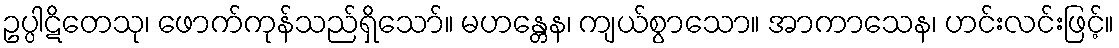
ဥပ္ပါဋိတေသု၊ ဖောက်ကုန်သည်ရှိသော်။ မဟန္တေန၊ ကျယ်စွာသော။ အာကာသေန၊ ဟင်းလင်းဖြင့်။